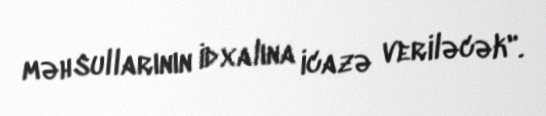
məhsullarının idxalına icazə veriləcək".